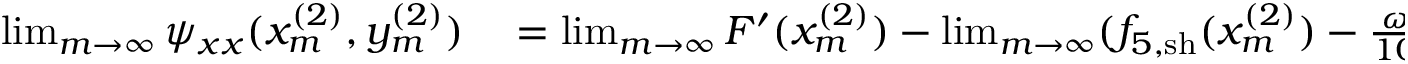
\begin{array} { r l } { \operatorname* { l i m } _ { m \rightarrow \infty } \psi _ { x x } ( x _ { m } ^ { ( 2 ) } , y _ { m } ^ { ( 2 ) } ) } & { { } = \operatorname* { l i m } _ { m \rightarrow \infty } F ^ { \prime } ( x _ { m } ^ { ( 2 ) } ) - \operatorname* { l i m } _ { m \rightarrow \infty } ( f _ { 5 , \mathrm { s h } } ( x _ { m } ^ { ( 2 ) } ) - \frac { \omega } { 1 0 } ) \psi _ { x y } ( x _ { m } ^ { ( 2 ) } , y _ { m } ^ { ( 2 ) } ) } \end{array}